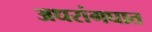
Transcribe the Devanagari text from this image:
अधरांगघात